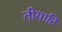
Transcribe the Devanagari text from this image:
तीयाटि